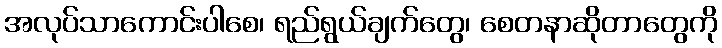
အလုပ်သာကောင်းပါစေ၊ ရည်ရွယ်ချက်တွေ၊ စေတနာဆိုတာတွေကို